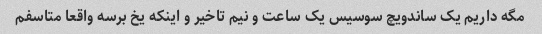
مگه داریم یک ساندویچ سوسیس یک ساعت و نیم تاخیر و اینکه یخ برسه واقعا متاسفم